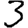
Digit: 3